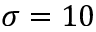
\sigma = 1 0